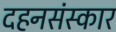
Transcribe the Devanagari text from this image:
दहनसंस्कार